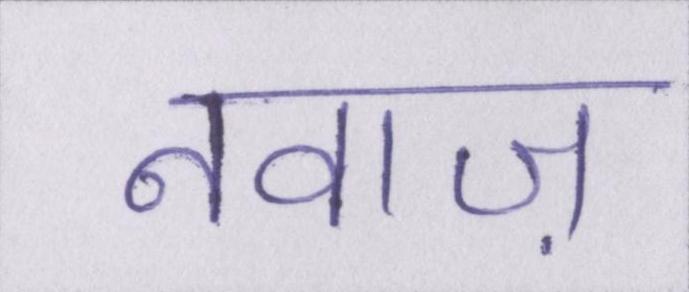
नवाज़